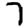
Digit: 7